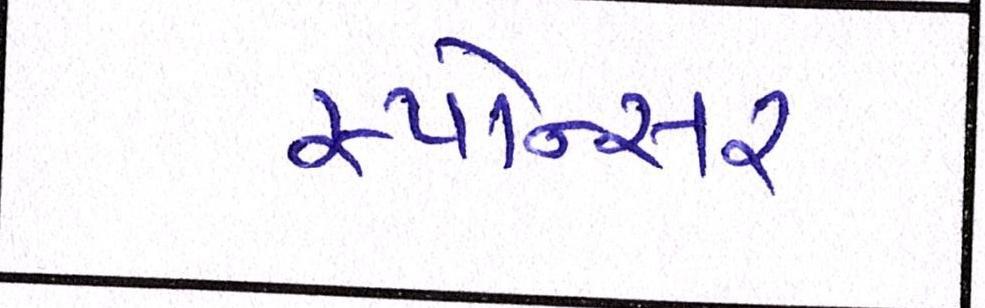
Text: સ્પોન્સર